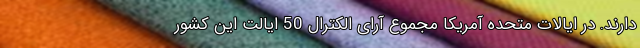
دارند. در ایالات متحده آمریکا مجموع آرای الکترال 50 ایالت این کشور